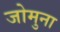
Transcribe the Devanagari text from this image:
जोमुना